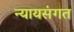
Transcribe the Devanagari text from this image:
न्‍यायसंगत